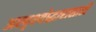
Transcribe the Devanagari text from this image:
अस्पृश्योद्धारासाठी